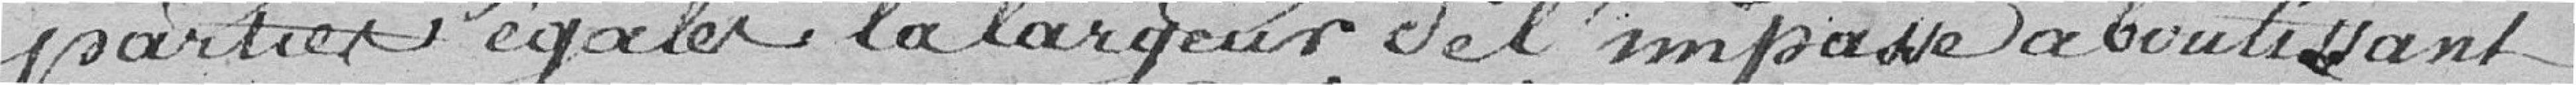
parties égales la largeur de l'impasse aboutissant